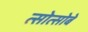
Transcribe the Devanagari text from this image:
त्सोत्सोबे